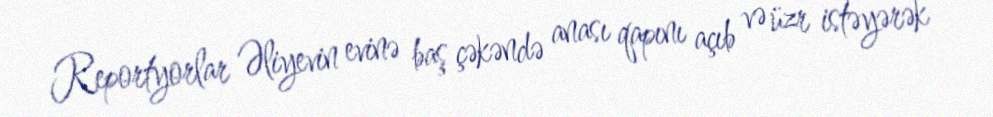
Reportyorlar Əliyevin evinə baş çəkəndə anası qapını açıb və üzr istəyərək